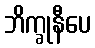
ဘိက္ခုနီပေ